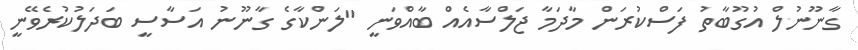
ގާނޫނުލް އުގޫބާތު ފަސްކުރަން މާދަމާ ޖަލްސާއެއް ބާއްވަނީ "ލަންކާގެ ގާނޫނު އަސާސީ ބަދަލުކުރެވޭނީ